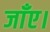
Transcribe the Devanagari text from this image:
जाँए।